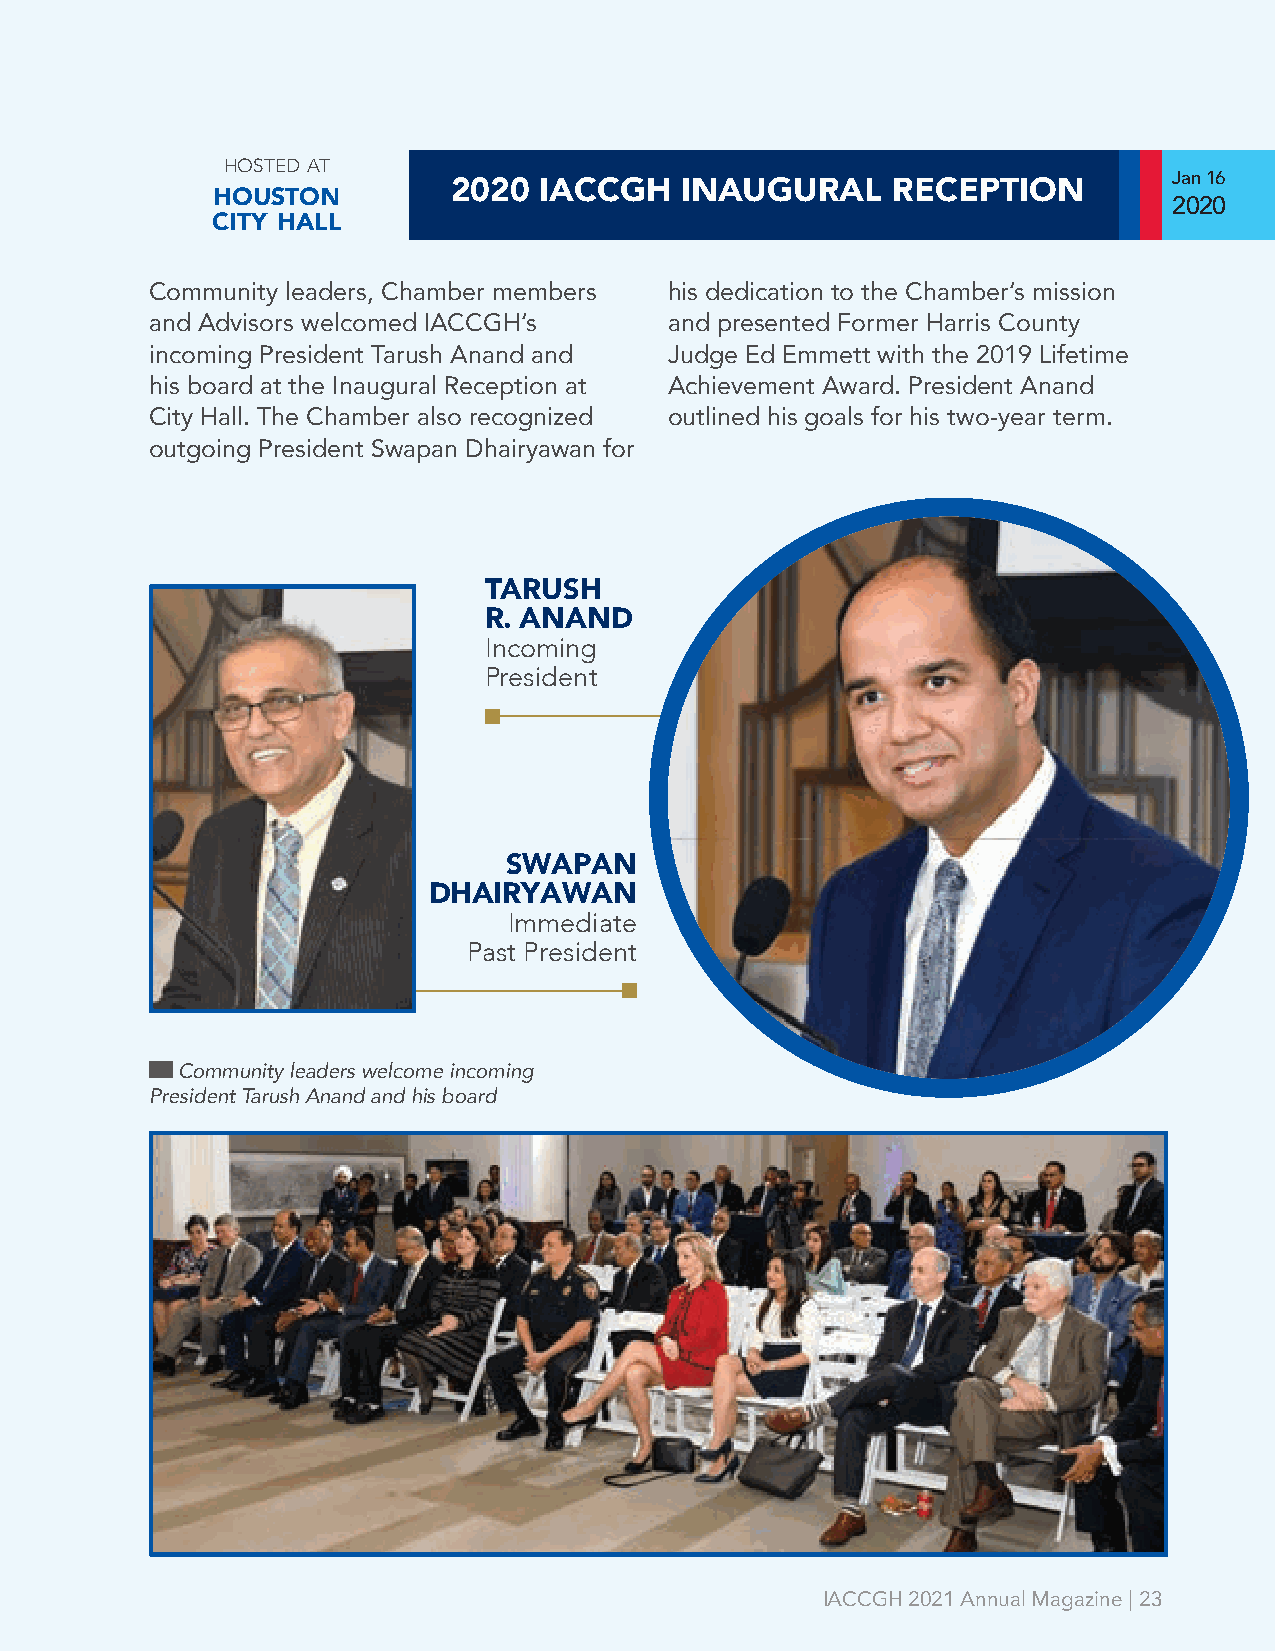
hosted at
 Jan 16
 2020  IACCGH   INAUGURAL     RECEPTION
 houston
 2020
 city hall
 Community leaders, Chamber members his dedication to the Chamber’s mission
 and Advisors welcomed IACCGH’s    and presented Former Harris County
 incoming President Tarush Anand and Judge Ed Emmett with the 2019 Lifetime
 his board at the Inaugural Reception at Achievement Award. President Anand
 City Hall. The Chamber also recognized outlined his goals for his two-year term.
 outgoing President Swapan Dhairyawan for
 TARUSH
 R. ANAND
 Incoming
 President
 SWAPAN
 DHAIRYAWAN
 Immediate
 Past President
 Community leaders welcome incoming
 President Tarush Anand and his board
 IACCGH 2021 Annual Magazine | 23